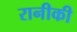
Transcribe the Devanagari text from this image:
रानीकी